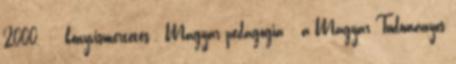
2000. : könyvismertetés . Magyar pedagógia : a Magyar Tudományos